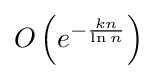
O\left(e^{-{\frac {kn}{\ln n}}}\right)